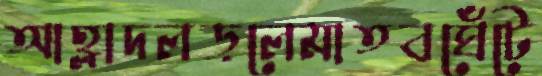
আহ্লাদলড়লেমাতবঘেঁটে